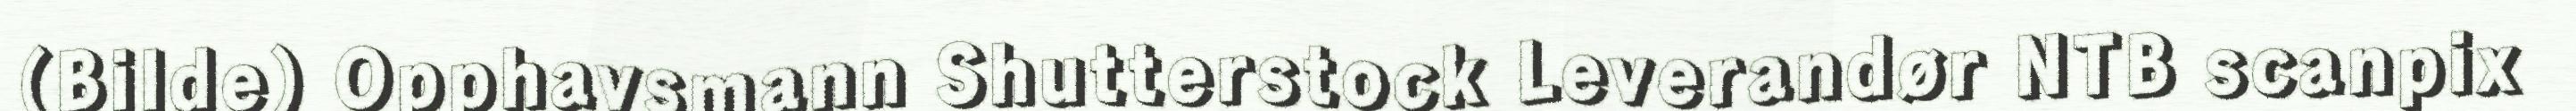
(Bilde) Opphavsmann Shutterstock Leverandør NTB scanpix